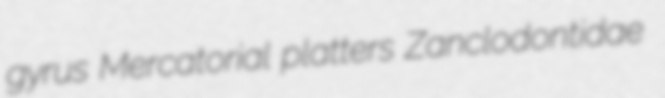
gyrus Mercatorial platters Zanclodontidae